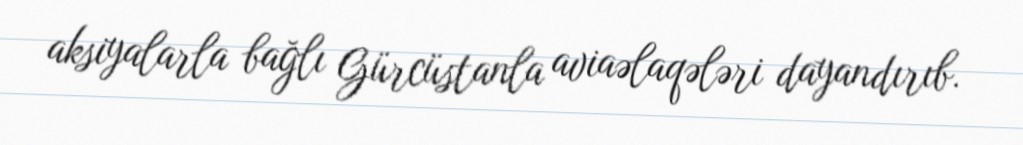
aksiyalarla bağlı Gürcüstanla aviaəlaqələri dayandırıb.